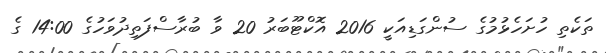
ތަކެތި ހުށަހެޅުމުގެ ސުންގަޑިއަކީ 2016 އޮކްޓޫބަރު 20 ވާ ބުރާސްފަތިދުވަހުގެ 14:00 ގެ